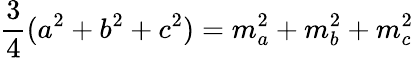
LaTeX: {\frac{3}{4}}(a^{2}+b^{2}+c^{2})=m_{a}^{2}+m_{b}^{2}+m_{c}^{2}